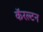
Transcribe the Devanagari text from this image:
कॅरल्टन